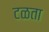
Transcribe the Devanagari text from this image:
टळता